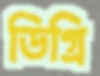
ডিগ্রি